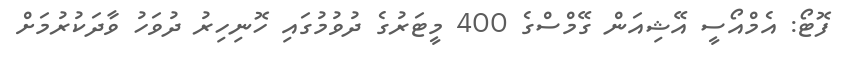
ފޮޓޯ: އެމްއޯސީ އޭޝިއަން ގޭމްސްގެ 400 މީޓަރުގެ ދުވުމުގައި ހޮނިހިރު ދުވަހު ވާދަކުރުމަށް